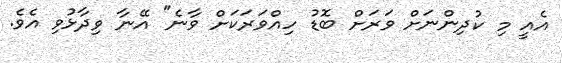
އެއީ މި ކުދިންނަށް ވަަރަށް ބޮޑު ހިއްވަރަކަށް ވާނެ" އޭނާ ވިދާޅުވި އެވެ.